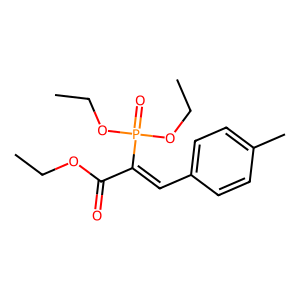
SMILES: CCOC(=O)C(=Cc1ccc(C)cc1)P(=O)(OCC)OCC
Inhibits HIV replication: Yes